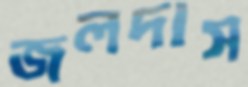
জলদাস